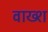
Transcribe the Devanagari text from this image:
वाख्श